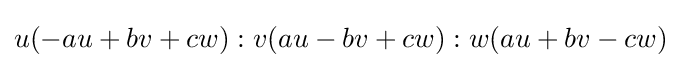
u(-au+bv+cw):v(au-bv+cw):w(au+bv-cw)